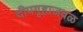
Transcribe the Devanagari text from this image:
दीपगृहाजवळ